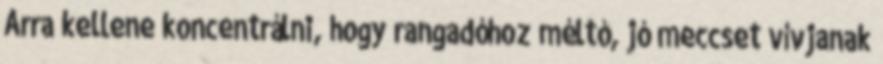
Arra kellene koncentrálni, hogy rangadóhoz méltó, jó meccset vívjanak